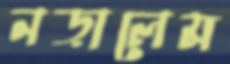
নড়ালেম